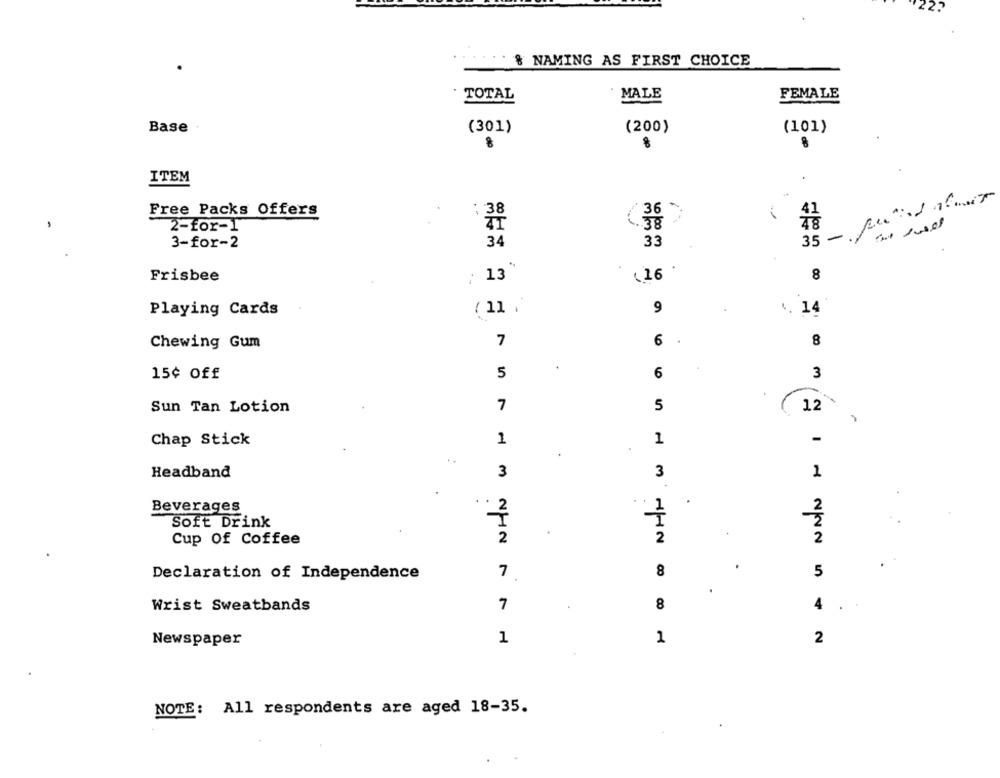
& NAMING AS FIRST CHOICE
MALE
TOTAL
FEMALE
Base
(301)
(200)
(101)
8
8
ITEM
35 - fund for
Free Packs Offers
38
41
(.38
48
2-for-1
34
3-for-2
33
Frisbee
: 13
_16
8
Playing Cards
( 11 .
9
1. 14
7
6
8
Chewing Gum
5
6
15¢ Off
3
Sun Tan Lotion
7
5
12
Chap Stick
1
1
-
Headband
3
3
1
2
Beverages
2
Soft Drink
2
2
2
Cup Of Coffee
IHN
2
Declaration of Independence
7
8
5
Wrist Sweatbands
7
8
4
Newspaper
1
1
2
NOTE: All respondents are aged 18-35.